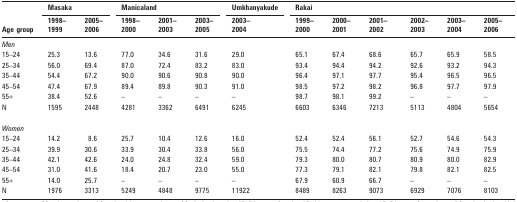
<table><thead><tr><td rowspan="2"><b>Age group</b></td><td colspan="2"><b>Masaka</b></td><td colspan="3"><b>Manicaland</b></td><td><b>Umkhanyakude</b></td><td colspan="6"><b>Rakai</b></td></tr><tr><td><b>1998–1999</b></td><td><b>2005–2006</b></td><td><b>1998–2000</b></td><td><b>2001–2003</b></td><td><b>2003–2005</b></td><td><b>2003–2004</b></td><td><b>1999–2000</b></td><td><b>2000–2001</b></td><td><b>2001–2002</b></td><td><b>2002–2003</b></td><td><b>2003–2004</b></td><td><b>2005–2006</b></td></tr></thead><tbody><tr><td><i>Men</i></td><td></td><td></td><td></td><td></td><td></td><td></td><td></td><td></td><td></td><td></td><td></td><td></td></tr><tr><td>15–24</td><td>25.3</td><td>13.6</td><td>77.0</td><td>34.6</td><td>31.6</td><td>29.0</td><td>65.1</td><td>67.4</td><td>68.6</td><td>65.7</td><td>65.9</td><td>58.5</td></tr><tr><td>25–34</td><td>56.0</td><td>69.4</td><td>87.0</td><td>72.4</td><td>83.2</td><td>83.0</td><td>93.4</td><td>94.4</td><td>94.2</td><td>92.6</td><td>93.2</td><td>94.3</td></tr><tr><td>35–44</td><td>54.4</td><td>67.2</td><td>90.0</td><td>90.6</td><td>90.8</td><td>90.0</td><td>96.4</td><td>97.1</td><td>97.7</td><td>95.4</td><td>96.5</td><td>96.5</td></tr><tr><td>45–54</td><td>47.4</td><td>67.9</td><td>89.4</td><td>89.8</td><td>90.3</td><td>91.0</td><td>98.5</td><td>97.2</td><td>98.2</td><td>96.8</td><td>97.7</td><td>97.9</td></tr><tr><td>55+</td><td>38.4</td><td>52.6</td><td>–</td><td>–</td><td>–</td><td>–</td><td>98.7</td><td>98.1</td><td>99.2</td><td>–</td><td>–</td><td>–</td></tr><tr><td>N</td><td>1595</td><td>2448</td><td>4281</td><td>3362</td><td>6491</td><td>6245</td><td>6603</td><td>6346</td><td>7213</td><td>5113</td><td>4804</td><td>5654</td></tr><tr><td><i>Women</i></td><td></td><td></td><td></td><td></td><td></td><td></td><td></td><td></td><td></td><td></td><td></td><td></td></tr><tr><td>15–24</td><td>14.2</td><td>8.6</td><td>25.7</td><td>10.4</td><td>12.6</td><td>16.0</td><td>52.4</td><td>52.4</td><td>56.1</td><td>52.7</td><td>54.6</td><td>54.3</td></tr><tr><td>25–34</td><td>39.9</td><td>30.6</td><td>33.9</td><td>30.4</td><td>33.8</td><td>56.0</td><td>75.5</td><td>74.4</td><td>77.2</td><td>75.6</td><td>74.9</td><td>75.9</td></tr><tr><td>35–44</td><td>42.1</td><td>42.6</td><td>24.0</td><td>24.8</td><td>32.4</td><td>59.0</td><td>79.3</td><td>80.0</td><td>80.7</td><td>80.9</td><td>80.0</td><td>82.9</td></tr><tr><td>45–54</td><td>31.0</td><td>41.6</td><td>18.4</td><td>20.7</td><td>23.0</td><td>55.0</td><td>77.3</td><td>79.1</td><td>82.1</td><td>79.8</td><td>82.1</td><td>82.5</td></tr><tr><td>55+</td><td>14.0</td><td>25.7</td><td>–</td><td>–</td><td>–</td><td>–</td><td>67.9</td><td>60.9</td><td>66.7</td><td>–</td><td>–</td><td>–</td></tr><tr><td>N</td><td>1976</td><td>3313</td><td>5249</td><td>4848</td><td>9775</td><td>11922</td><td>8489</td><td>8263</td><td>9073</td><td>6929</td><td>7076</td><td>8103</td></tr></tbody></table>